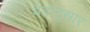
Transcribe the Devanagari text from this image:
भेदांनुसार